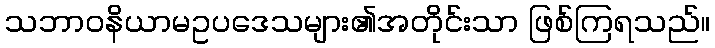
သဘာဝနိယာမဥပဒေသများ၏အတိုင်းသာ ဖြစ်ကြရသည်။